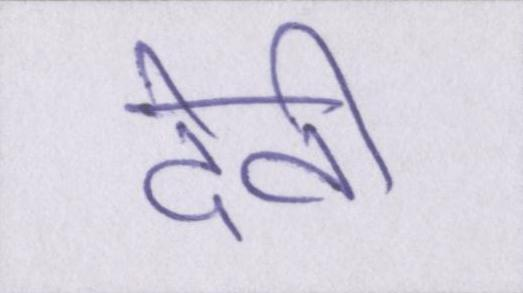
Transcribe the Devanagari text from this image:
देवी